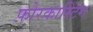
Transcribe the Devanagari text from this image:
फ़ोरकास्टिंग